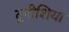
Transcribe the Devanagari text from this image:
टूनीशिया